Tezpur Lunatic Asylum reports 1895-1904 - 1895-1904
Year: 1895
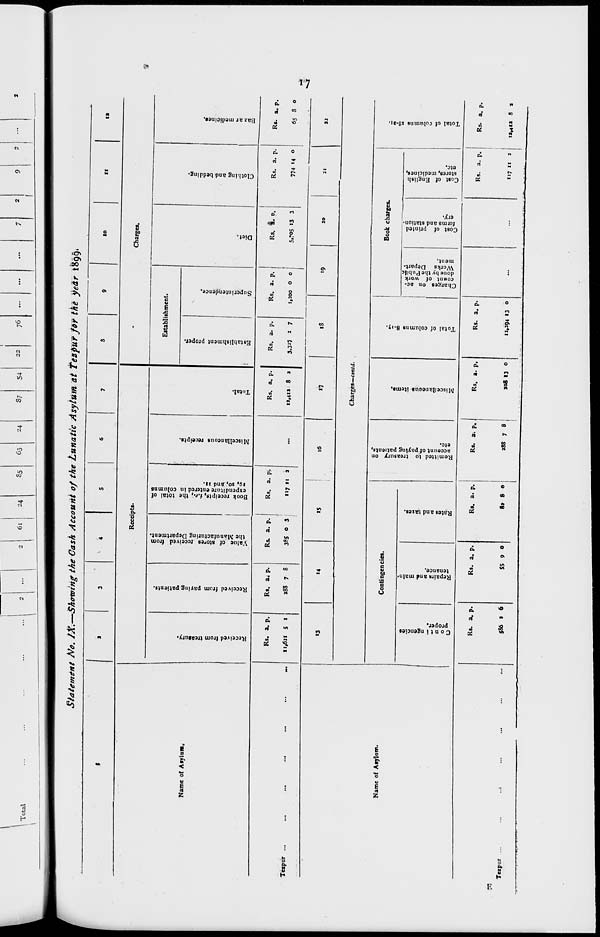
3
A
a
H
3
s.
i
i n
a
>
8?
ft
C o n t i ngencies
proper.
o
ft>
o
ft)
a
&
%>
■a
o
V
I
5J
r 1
•a
JO
•a
Repairs anil main
tenance.
Rates and taxes.
o o
a
5'
in
n
a
Remitted to treasury on
account of paying patients,
etc.
Miscellaneous items.
V
jp
•a
-»
*>
CO
7
w
JO
In
5"
O
ft)
b*
y
Received from treasury.
Received from paying.patients.
Value of sto'e9 received from
the Manufacturing Department.
»
•a
O
zr
ft>
A
S
J[
a
2.
Total of columns 8.17.
Charges on ac-
coniit of work
done by the Public
Works' Depart
ment.
Cost of printed
forms and station
ery.
ft>
•a
Book receipts, i.e., the total of
expenditure entered in columns
19, 20, and it.
Miscellaneous receipts.
Total.
ft)
•a
Cost of English
stores, medicines,
etc.
r»
V
8
o
o
•a
Establishment proper.
Superintendence.
ST
cr
o-
3
Diet.
Total of columns I8-JI.
ft>
Clothing and bedding.
O
er
ft>
P
CO
o
2?
■a
Bazar medicines.
u
s
I?
1
ft
•ft
3*.
«
St:
•v.
•4.
r
i
i
"a
Skf
<v
St
tl
m*
VO